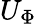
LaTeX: U_{\Phi}